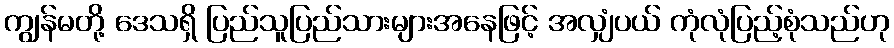
ကျွန်မတို့ ဒေသရှိ ပြည်သူပြည်သားများအနေဖြင့် အလျှံပယ် ကုံလုံပြည့်စုံသည်ဟု